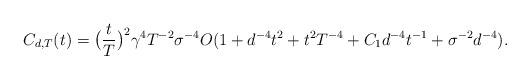
LaTeX: \begin{align*} C_{d,T}(t)&=\big( \frac{t}{T} \big)^2 \gamma^4 T^{-2} \sigma^{-4} O( 1+d^{-4}t^2 +t^2 T^{-4}+C_1 d^{-4}t^{-1}+\sigma^{-2}d^{-4} ).\end{align*}